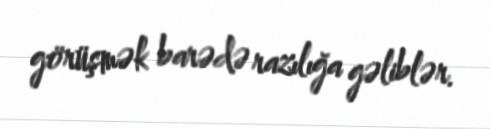
görüşmək barədə razılığa gəliblər.